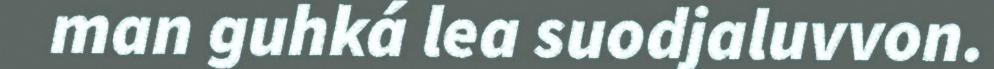
man guhká lea suodjaluvvon.